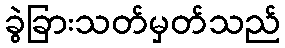
ခွဲခြားသတ်မှတ်သည်